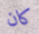
كان